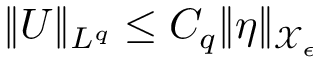
\| U \| _ { L ^ { q } } \le C _ { q } \| \eta \| _ { \mathcal { X } _ { \epsilon } }